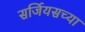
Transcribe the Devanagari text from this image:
सर्जियसच्या